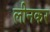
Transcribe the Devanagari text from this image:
लीनकर